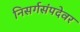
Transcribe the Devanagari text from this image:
निसर्गसंपदेवर